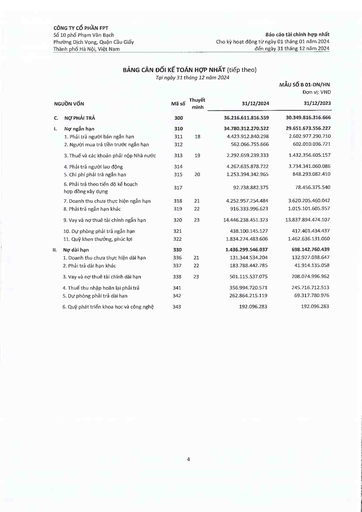
|NGUỒN VỐN|Mã số|Thuyết minh|31/12/2024|MẪU SỐ B 01-DN/HN Đơn vị: VND 31/12/2023| |---|---|---|---|---| |C. Nợ Phải Trả|300||36.216.611.816.559|30.349.816.316.666| |I. Nợ ngắn hạn|310||34.780.312.270.522|29.651.673.556.227| |1. Phải trả người bán ngắn hạn|311|18|4.423.912.840.298|2.602.977.290.710| |2. Người mua trả tiền trước ngắn hạn|312||562.066.755.666|602.010.036.721| |3. Thuế và các khoản phải nộp Nhà nước|313|19|2.292.659.239.333|1.432.356.605.157| |4. Phải trả người lao động|314||4.267.635.878.722|3.734.341.060.086| |5. Chi phí phải trả ngắn hạn|315|20|1.253.394.342.965|848.293.082.410| |6. Phải trả theo tiến độ kế hoạch hợp đồng xây dựng|317||92.738.882.375|78.456.375.540| |7. Doanh thu chưa thực hiện ngắn hạn|318|21|4.252.957.254.484|3.620.205.460.042| |8. Phải trả ngắn hạn khác|319|22|916.333.996.623|1.015.101.605.957| |9. Vay và nợ thuê tài chính ngắn hạn|320|23|14.446.238.451.323|13.837.894.474.107| |10. Dự phòng phải trả ngắn hạn|321||438.100.145.127|417.401.434.437| |11. Quỹ khen thưởng, phúc lợi|322||1.834.274.483.606|1.462.636.131.060| |II. Nợ dài hạn|330||1.436.299.546.037|698.142.760.439| |1. Doanh thu chưa thực hiện dài hạn|336|21|131.344.534.204|132.927.038.647| |2. Phải trả dài hạn khác|337|22|183.788.442.785|41.914.135.058| |3. Vay và nợ thuê tài chính dài hạn|338|23|501.115.537.075|208.074.996.962| |4. Thuế thu nhập hoãn lại phải trả|341||356.994.720.571|245.716.712.513| |5. Dự phòng phải trả dài hạn|342||262.864.215.119|69.317.780.976| |6. Quỹ phát triển khoa học và công nghệ|343||192.096.283|192.096.283|